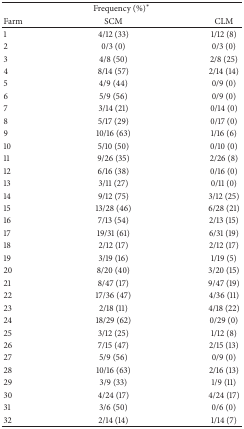
<table><thead><tr><td colspan="3"><b>Frequency (%)<sup>*</sup></b></td></tr><tr><td><b>Farm</b></td><td><b>SCM</b></td><td><b>CLM</b></td></tr></thead><tbody><tr><td>1</td><td>4/12 (33)</td><td>1/12 (8)</td></tr><tr><td>2</td><td>0/3 (0)</td><td>0/3 (0)</td></tr><tr><td>3</td><td>4/8 (50)</td><td>2/8 (25)</td></tr><tr><td>4</td><td>8/14 (57)</td><td>2/14 (14)</td></tr><tr><td>5</td><td>4/9 (44)</td><td>0/9 (0)</td></tr><tr><td>6</td><td>5/9 (56)</td><td>0/9 (0)</td></tr><tr><td>7</td><td>3/14 (21)</td><td>0/14 (0)</td></tr><tr><td>8</td><td>5/17 (29)</td><td>0/17 (0)</td></tr><tr><td>9</td><td>10/16 (63)</td><td>1/16 (6)</td></tr><tr><td>10</td><td>5/10 (50)</td><td>0/10 (0)</td></tr><tr><td>11</td><td>9/26 (35)</td><td>2/26 (8)</td></tr><tr><td>12</td><td>6/16 (38)</td><td>0/16 (0)</td></tr><tr><td>13</td><td>3/11 (27)</td><td>0/11 (0)</td></tr><tr><td>14</td><td>9/12 (75)</td><td>3/12 (25)</td></tr><tr><td>15</td><td>13/28 (46)</td><td>6/28 (21)</td></tr><tr><td>16</td><td>7/13 (54)</td><td>2/13 (15)</td></tr><tr><td>17</td><td>19/31 (61)</td><td>6/31 (19)</td></tr><tr><td>18</td><td>2/12 (17)</td><td>2/12 (17)</td></tr><tr><td>19</td><td>3/19 (16)</td><td>1/19 (5)</td></tr><tr><td>20</td><td>8/20 (40)</td><td>3/20 (15)</td></tr><tr><td>21</td><td>8/47 (17)</td><td>9/47 (19)</td></tr><tr><td>22</td><td>17/36 (47)</td><td>4/36 (11)</td></tr><tr><td>23</td><td>2/18 (11)</td><td>4/18 (22)</td></tr><tr><td>24</td><td>18/29 (62)</td><td>0/29 (0)</td></tr><tr><td>25</td><td>3/12 (25)</td><td>1/12 (8)</td></tr><tr><td>26</td><td>7/15 (47)</td><td>2/15 (13)</td></tr><tr><td>27</td><td>5/9 (56)</td><td>0/9 (0)</td></tr><tr><td>28</td><td>10/16 (63)</td><td>2/16 (13)</td></tr><tr><td>29</td><td>3/9 (33)</td><td>1/9 (11)</td></tr><tr><td>30</td><td>4/24 (17)</td><td>4/24 (17)</td></tr><tr><td>31</td><td>3/6 (50)</td><td>0/6 (0)</td></tr><tr><td>32</td><td>2/14 (14)</td><td>1/14 (7)</td></tr></tbody></table>